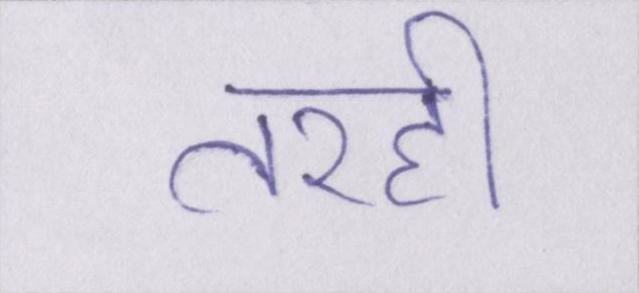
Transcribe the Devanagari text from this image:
तरही